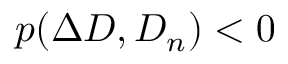
p ( \Delta D , D _ { n } ) < 0